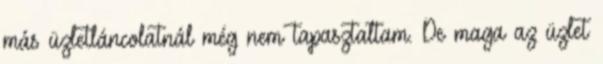
más üzletláncolatnál még nem tapasztaltam. De maga az üzlet